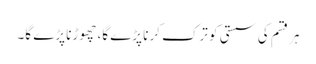
ہر قسم کی سستی کو ترک کرنا پڑے گا، چھوڑنا پڑے گا۔